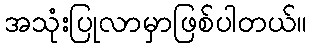
အသုံးပြုလာမှာဖြစ်ပါတယ်။